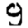
Digit: 9